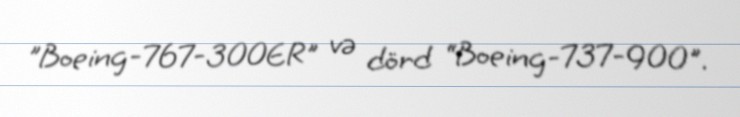
”Boeing-767-300ER" və dörd “Boeing-737-900".